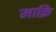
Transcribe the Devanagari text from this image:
माक्रि